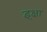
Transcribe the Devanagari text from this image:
इक्षा